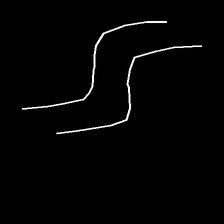
Glyph: float